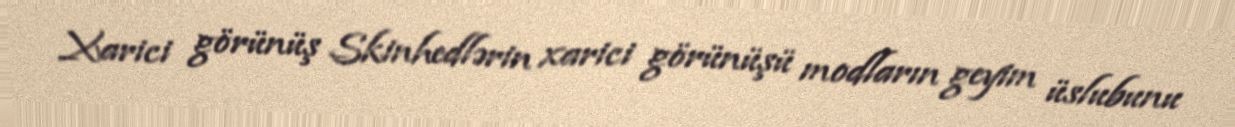
Xarici görünüş Skinhedlərin xarici görünüşü modların geyim üslubunu